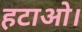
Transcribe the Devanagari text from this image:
हटाओ।